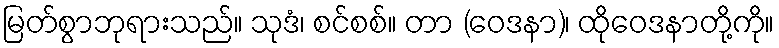
မြတ်စွာဘုရားသည်။ သုဒံ၊ စင်စစ်။ တာ (ဝေဒနာ)၊ ထိုဝေဒနာတို့ကို။